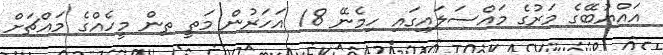
އައްޔުބޭގެ މަރުގެ މައްސަލައިގައި ހިމެނޭ 18 އަހަރުން މަތީ ތިން މީހެއްގެ މައްޗަށް